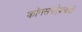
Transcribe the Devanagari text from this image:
कॉनसनट्रेशनची